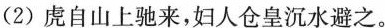
(2)虑自山上驰来，妇人仓皇沉水避之。